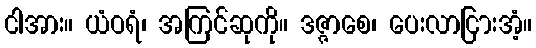
ငါအား။ ယံဝရံ၊ အကြင်ဆုကို။ ဒဇ္ဇာစေ၊ ပေးလာငြားအံ့။